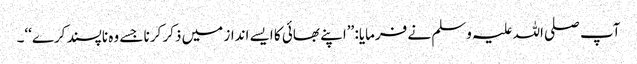
آپ صلی اللہ علیہ وسلم نے فرمایا: ’’اپنے بھائی کا ایسے انداز میں ذکر کرنا جسے وہ ناپسند کرے‘‘۔